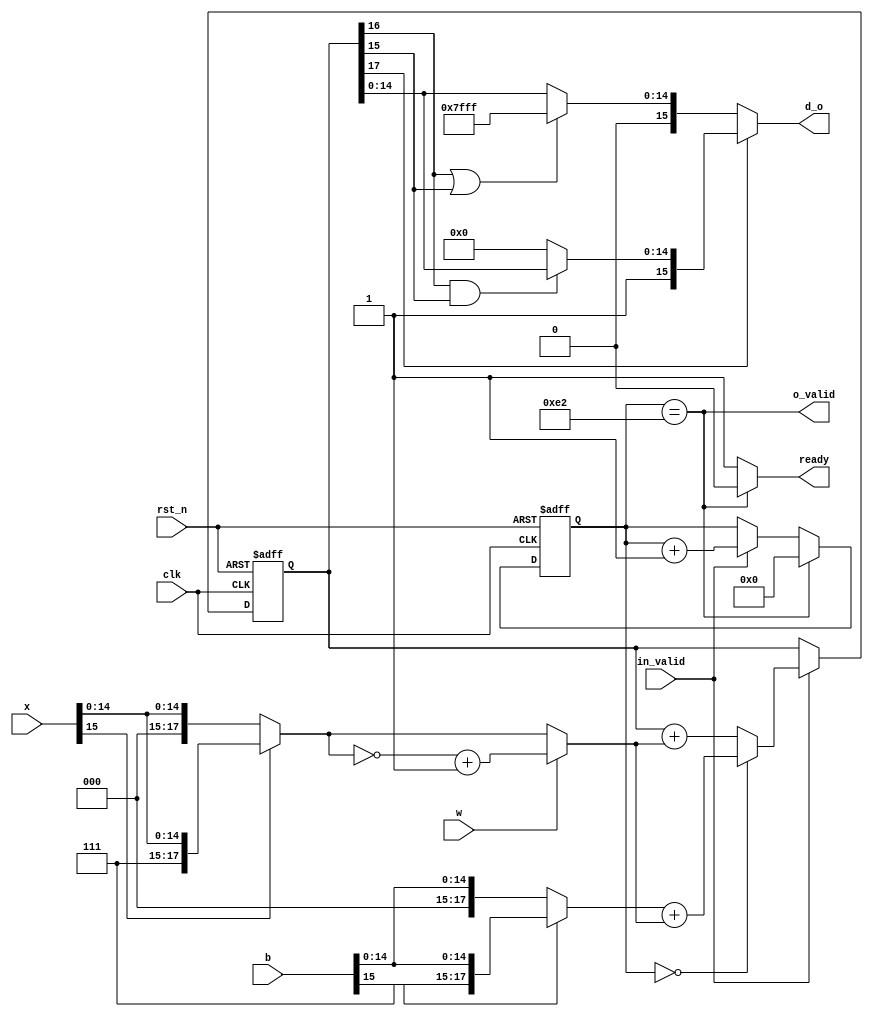
module PE #(
  parameter INPUT_SIZE=226,
  parameter FL=12,
  parameter D_WL=16,
  parameter W_WL=1  
)(
   input                 clk,
   input                 rst_n,
   input [D_WL-1:0]      x,
   input [W_WL-1:0]      w,
   input [D_WL-1:0]      b,
   output  [D_WL-1:0]    d_o,

   input                 in_valid,
   output wire            o_valid,
   output wire           ready
);                             

reg [11:0] cnt;
wire signed [D_WL+1:0] add_result;
wire signed [D_WL+1:0] x_reg;
wire signed [D_WL+1:0] b_reg;
reg signed [D_WL+1:0] d_o_reg;

assign x_reg = (x[D_WL-1]==1'b1)?({{2{1'b1}},x}):({{2{1'b0}},x});
assign add_result=(w=='b1)?(~x_reg+'b1):x_reg;
assign b_reg = (b[D_WL-1]==1'b1)?({{2{1'b1}},b}):({{2{1'b0}},b});

always @( posedge clk or negedge rst_n) 
  if( !rst_n )
    cnt<='h0;
  else if( cnt==INPUT_SIZE )	  
      cnt<='b0;
  else if(in_valid)
      cnt<=cnt+'b1;	    
  
always @( posedge clk or negedge rst_n)
	if( !rst_n )
		d_o_reg<=0;
	else 
		begin
		    if (in_valid)
			if( cnt=='h0 )
			  d_o_reg <= b_reg+add_result;
			else
			  d_o_reg <= d_o_reg+add_result;
		end
		
assign ready = (cnt==INPUT_SIZE)?'d0:'d1;
assign o_valid = ~ready;
wire neg_overflow;
wire pose_overflow;
assign neg_overflow=d_o_reg[D_WL]&d_o_reg[D_WL-1];
assign pose_overflow=d_o_reg[D_WL]|d_o_reg[D_WL-1];
assign d_o = (d_o_reg[D_WL+1])?
							((neg_overflow)?({d_o_reg[D_WL+1],d_o_reg[D_WL-2:0]}):({d_o_reg[D_WL+1],{(D_WL-1){1'b0}}})):
							((pose_overflow)?({d_o_reg[D_WL+1],{(D_WL-1){1'b1}}}):({d_o_reg[D_WL+1],d_o_reg[D_WL-2:0]}));
endmodule